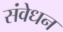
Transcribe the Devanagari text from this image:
संवेधन